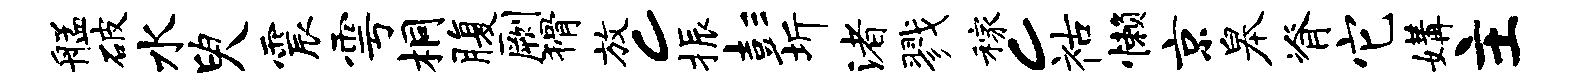
艋破水臾震雩桐腹劂猾放c振彭圻渚戮稼c祜懒京皋脊它媾主